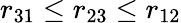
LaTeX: r_{31}\leq r_{23}\leq r_{12}